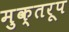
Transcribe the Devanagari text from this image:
मुक्तरूप